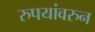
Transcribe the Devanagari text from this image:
रुपयांवरुन